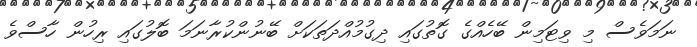
ނަމަވެސް މި ވިޓަމިން ބޭހެއްގެ ގޮތުގައި ދިގުމުއްދަތަކަށް ބޭނުންކުރާނަމަ ބޮލުގައި ރިހުން ހާސްވެ